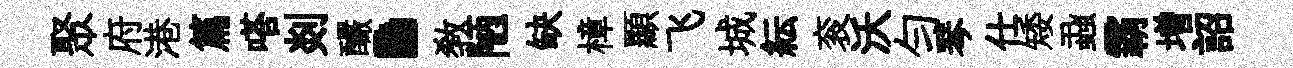
聚府港篇嗒剡釅·教陋缺樟顯飞城紜衮沃勻琴仕矮蝨霸増詔